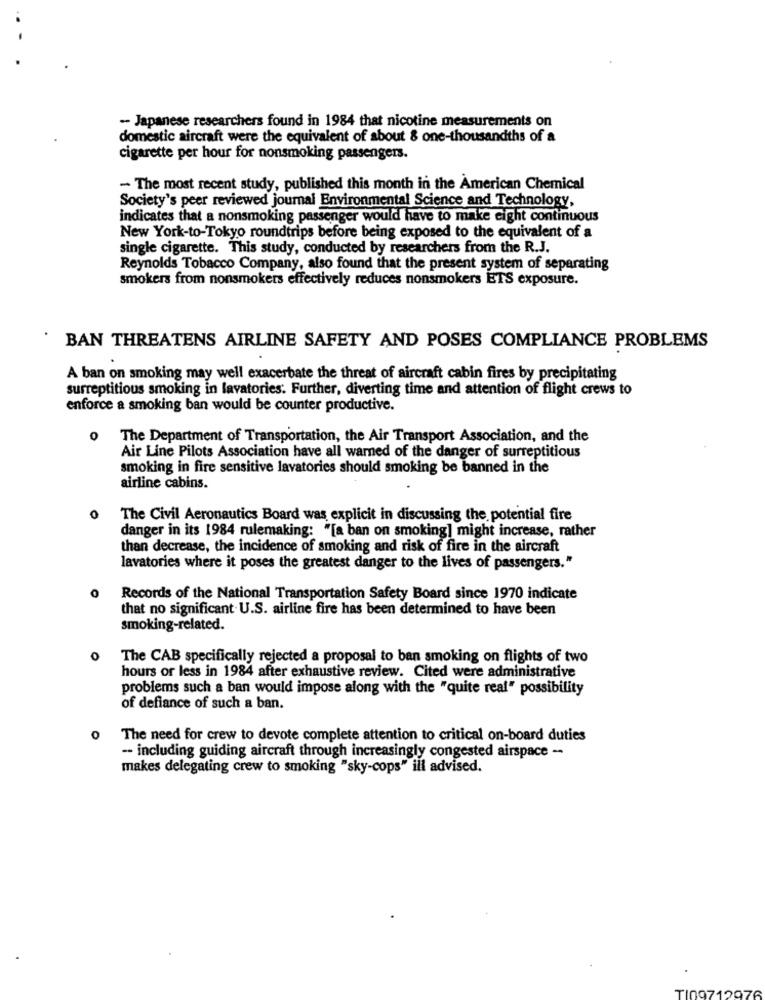
-- Japanese researchers found in 1984 that nicotine measurements on
domestic aircraft were the equivalent of about & one-thousandths of a
cigarette per hour for nonsmoking passengers.
- The most recent study, published this month in the American Chemical
Society's peer reviewed journal Environmental Science and Technology,
indicates that a nonsmoking passenger would have to make eight continuous
New York-to-Tokyo roundtrips before being exposed to the equivalent of a
single cigarette. This study, conducted by researchers from the R.J.
Reynolds Tobacco Company, also found that the present system of separating
smokers from nonsmokers effectively reduces nonsmokers ETS exposure.
BAN THREATENS AIRLINE SAFETY AND POSES COMPLIANCE PROBLEMS
A ban on smoking may well exacerbate the threat of aircraft cabin fires by precipitating
surreptitious smoking in lavatories. Further, diverting time and attention of flight crews to
enforce a smoking ban would be counter productive.
0 The Department of Transportation, the Air Transport Association, and the
Air Line Pilots Association have all warned of the danger of surreptitious
smoking in fire sensitive lavatories should smoking be banned in the
airline cabins.
0
The Civil Aeronautics Board was explicit in discussing the potential fire
danger in its 1984 rulemaking: "[a ban on smoking] might increase, rather
than decrease, the incidence of smoking and risk of fire in the aircraft
lavatories where it poses the greatest danger to the lives of passengers."
Records of the National Transportation Safety Board since 1970 indicate
that no significant. U.S. airline fire has been determined to have been
smoking-related.
O
The CAB specifically rejected a proposal to ban smoking on flights of two
hours or less in 1984 after exhaustive review. Cited were administrative
problems such a ban would impose along with the "quite real" possibility
of defiance of such a ban.
The need for crew to devote complete attention to critical on-board duties
-- including guiding aircraft through increasingly congested airspace --
makes delegating crew to smoking "sky-cops" ill advised.
TI09712976